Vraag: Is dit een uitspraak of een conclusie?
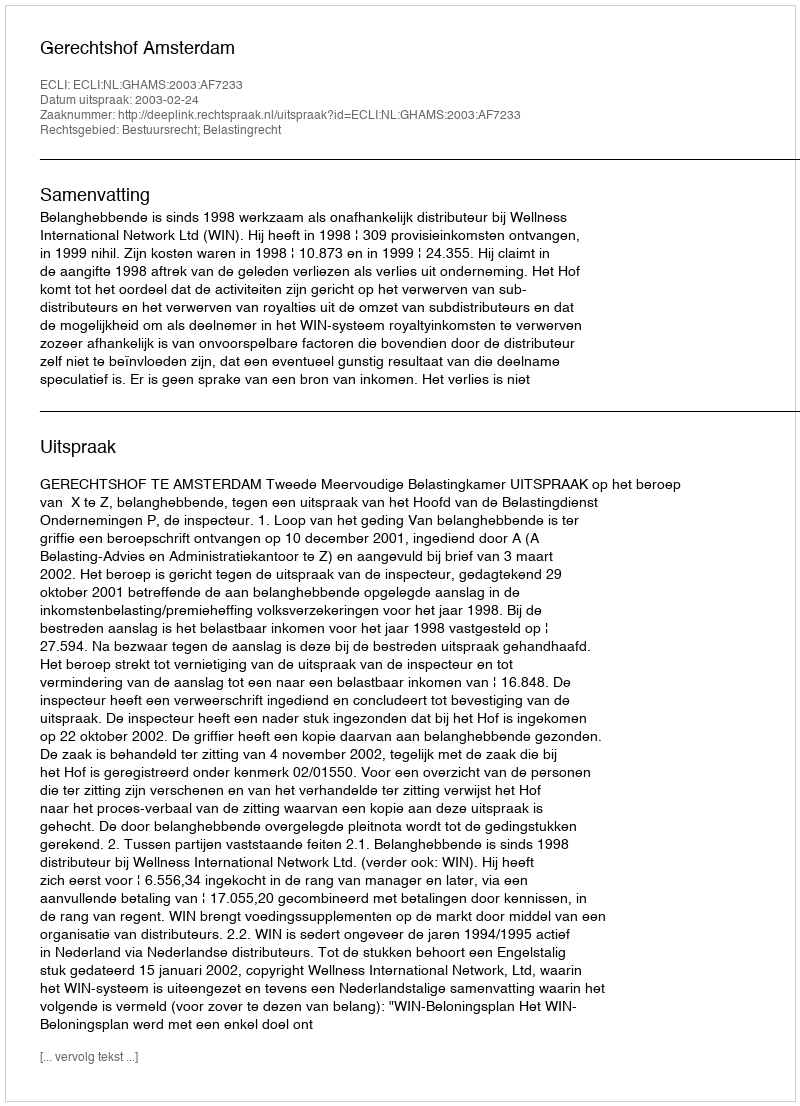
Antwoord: Uitspraak